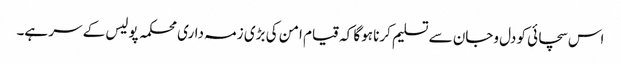
اس سچائی کو دل وجان سے تسلیم کرنا ہوگا کہ قیام امن کی بڑی زمہ داری محکمہ پولیس کے سر ہے۔